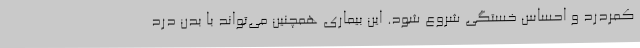
کمردرد و احساس خستگی شروع شود. این بیماری همچنین می‌تواند با بدن درد